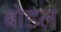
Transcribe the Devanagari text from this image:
बोडल